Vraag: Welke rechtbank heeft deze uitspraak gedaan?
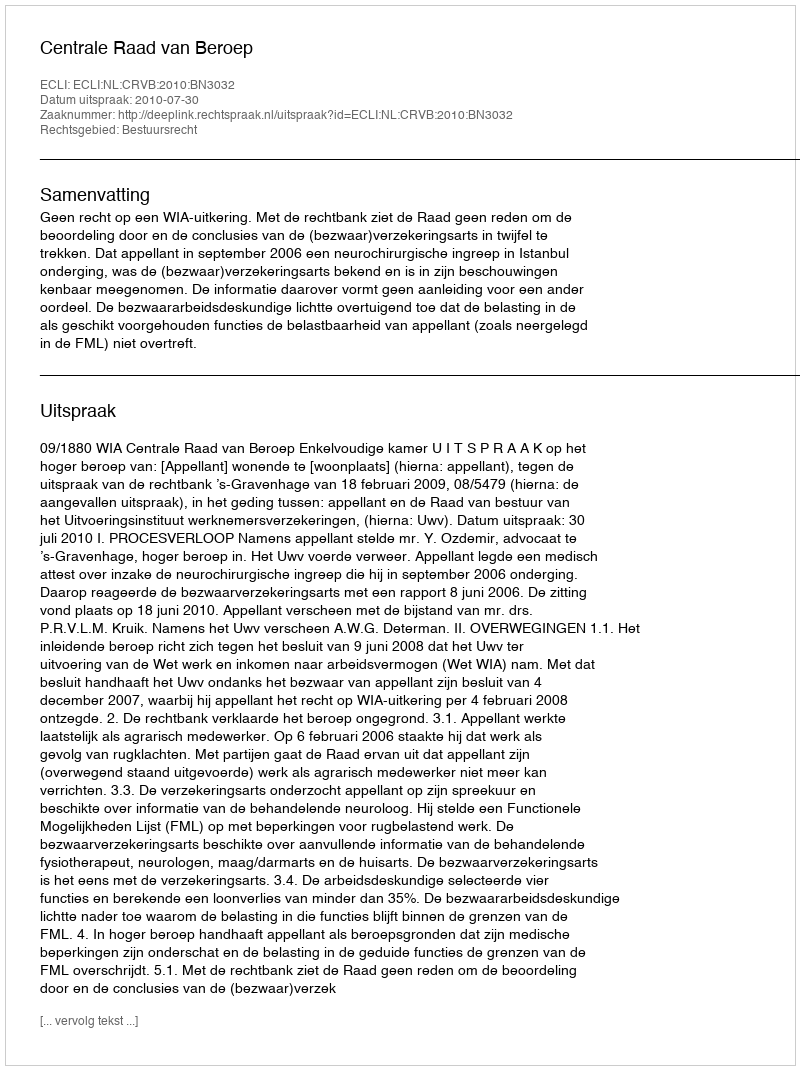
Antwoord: Centrale Raad van Beroep